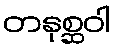
တနုစ္ဆဝါ